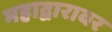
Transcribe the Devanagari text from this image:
महाद्वारावर